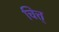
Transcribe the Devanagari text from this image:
चित्त्